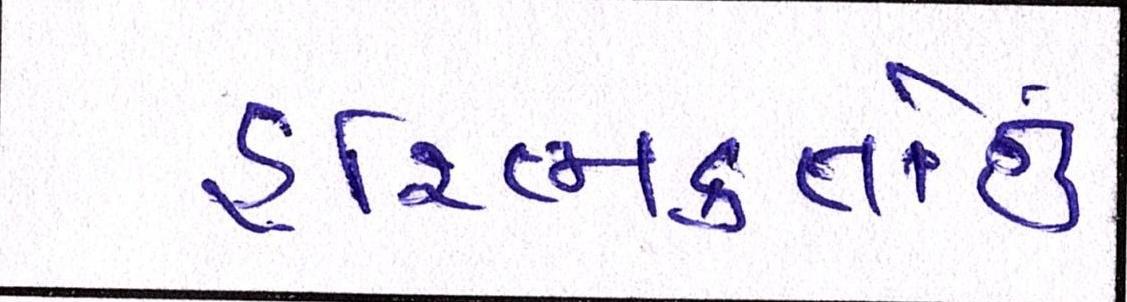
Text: હરિભક્તોનું